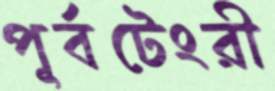
পূর্বটেংরী